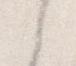
々